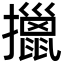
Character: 擸